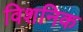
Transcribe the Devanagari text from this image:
विशनिक